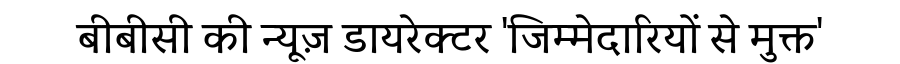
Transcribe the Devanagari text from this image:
बीबीसी की न्यूज़ डायरेक्टर 'जिम्मेदारियों से मुक्त'